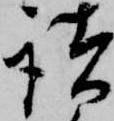
諸